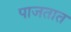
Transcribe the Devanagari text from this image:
पाजतात